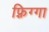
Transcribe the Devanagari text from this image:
फ़्रिग्गा